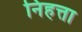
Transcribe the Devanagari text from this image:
निहत्ता